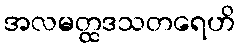
အလမတ္ထဒသတရေဟိ